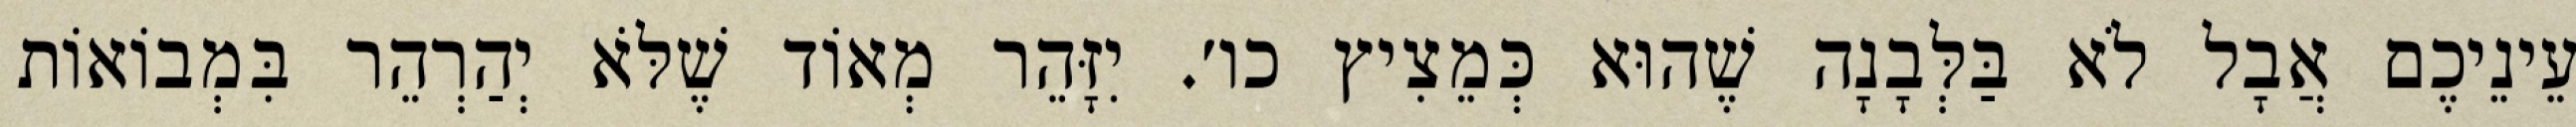
עֵינֵיכֶם אֲבָל לֹא בַּלְּבָנָה שֶׁהוּא כְּמֵצִיץ כו׳. יִזָּהֵר מְאוֹד שֶׁלֹּא יְהַרְהֵר בִּמְבוֹאוֹת